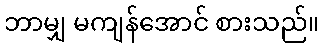
ဘာမျှ မကျန်အောင် စားသည်။